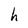
Character: h